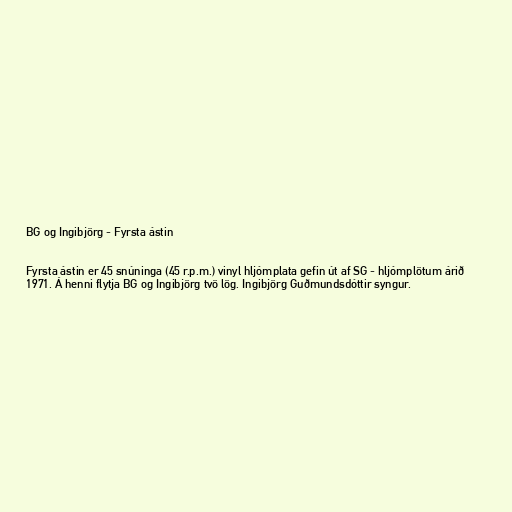
BG og Ingibjörg - Fyrsta ástin

Fyrsta ástin er 45 snúninga (45 r.p.m.) vinyl hljómplata gefin út af SG - hljómplötum árið
1971. Á henni flytja BG og Ingibjörg tvö lög. Ingibjörg Guðmundsdóttir syngur.